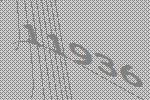
11936